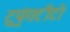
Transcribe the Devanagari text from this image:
टुपुंगटीटो